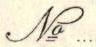
No